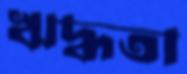
ঋদ্ধতা